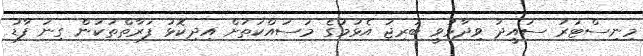
މިނިސްޓަރު ސައީދު ވިދާޅުވީ ބުރިޖު އެޅުމުގެ މަސައްކަތަށް އިިދިކޮޅު ފަރާތްތަކުން ގިނަ ފާޑު